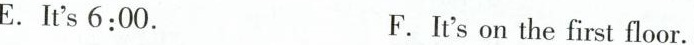
E.It's 6:00. F. It's on the first floor.